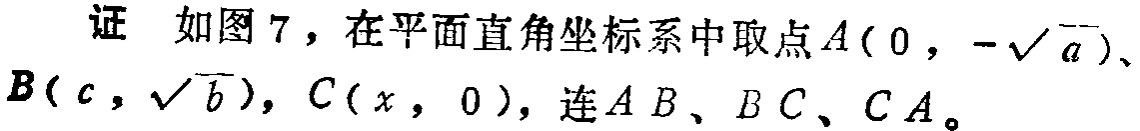
证 如图7，在平面直角坐标系中取点\(A(0,-\sqrt{a})\)、\(B(c,\sqrt{b})\)，\(C(x,0)\)，连\(AB\)、\(BC\)、\(CA\)。